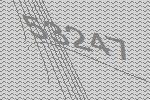
53247